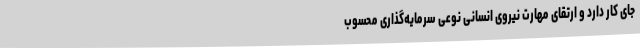
جای کار دارد و ارتقای مهارت نیروی انسانی نوعی سرمایه‌گذاری محسوب